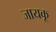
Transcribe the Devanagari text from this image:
जायकू